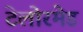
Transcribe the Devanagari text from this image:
टेलोरमेड